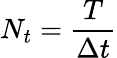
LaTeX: N_{t}=\frac{T}{\Delta t}